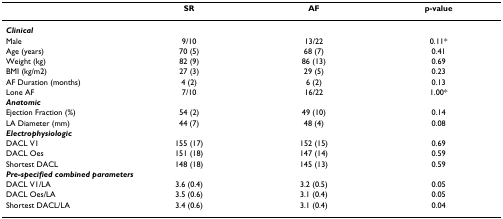
<table><thead><tr><td></td><td><b>SR</b></td><td><b>AF</b></td><td><b>p-value</b></td></tr></thead><tbody><tr><td colspan="4"><b><i>Clinical</i></b></td></tr><tr><td>Male</td><td>9/10</td><td>13/22</td><td>0.11*</td></tr><tr><td>Age (years)</td><td>70 (5)</td><td>68 (7)</td><td>0.41</td></tr><tr><td>Weight (kg)</td><td>82 (9)</td><td>86 (13)</td><td>0.69</td></tr><tr><td>BMI (kg/m2)</td><td>27 (3)</td><td>29 (5)</td><td>0.23</td></tr><tr><td>AF Duration (months)</td><td>4 (2)</td><td>6 (2)</td><td>0.13</td></tr><tr><td>Lone AF</td><td>7/10</td><td>16/22</td><td>1.00*</td></tr><tr><td colspan="4"><b><i>Anatomic</i></b></td></tr><tr><td>Ejection Fraction (%)</td><td>54 (2)</td><td>49 (10)</td><td>0.14</td></tr><tr><td>LA Diameter (mm)</td><td>44 (7)</td><td>48 (4)</td><td>0.08</td></tr><tr><td colspan="4"><b><i>Electrophysiologic</i></b></td></tr><tr><td>DACL V1</td><td>155 (17)</td><td>152 (15)</td><td>0.69</td></tr><tr><td>DACL Oes</td><td>151 (18)</td><td>147 (14)</td><td>0.59</td></tr><tr><td>Shortest DACL</td><td>148 (18)</td><td>145 (13)</td><td>0.59</td></tr><tr><td colspan="4"><b><i>Pre-specified combined parameters</i></b></td></tr><tr><td>DACL V1/LA</td><td>3.6 (0.4)</td><td>3.2 (0.5)</td><td>0.05</td></tr><tr><td>DACL Oes/LA</td><td>3.5 (0.6)</td><td>3.1 (0.4)</td><td>0.05</td></tr><tr><td>Shortest DACL/LA</td><td>3.4 (0.6)</td><td>3.1 (0.4)</td><td>0.04</td></tr></tbody></table>